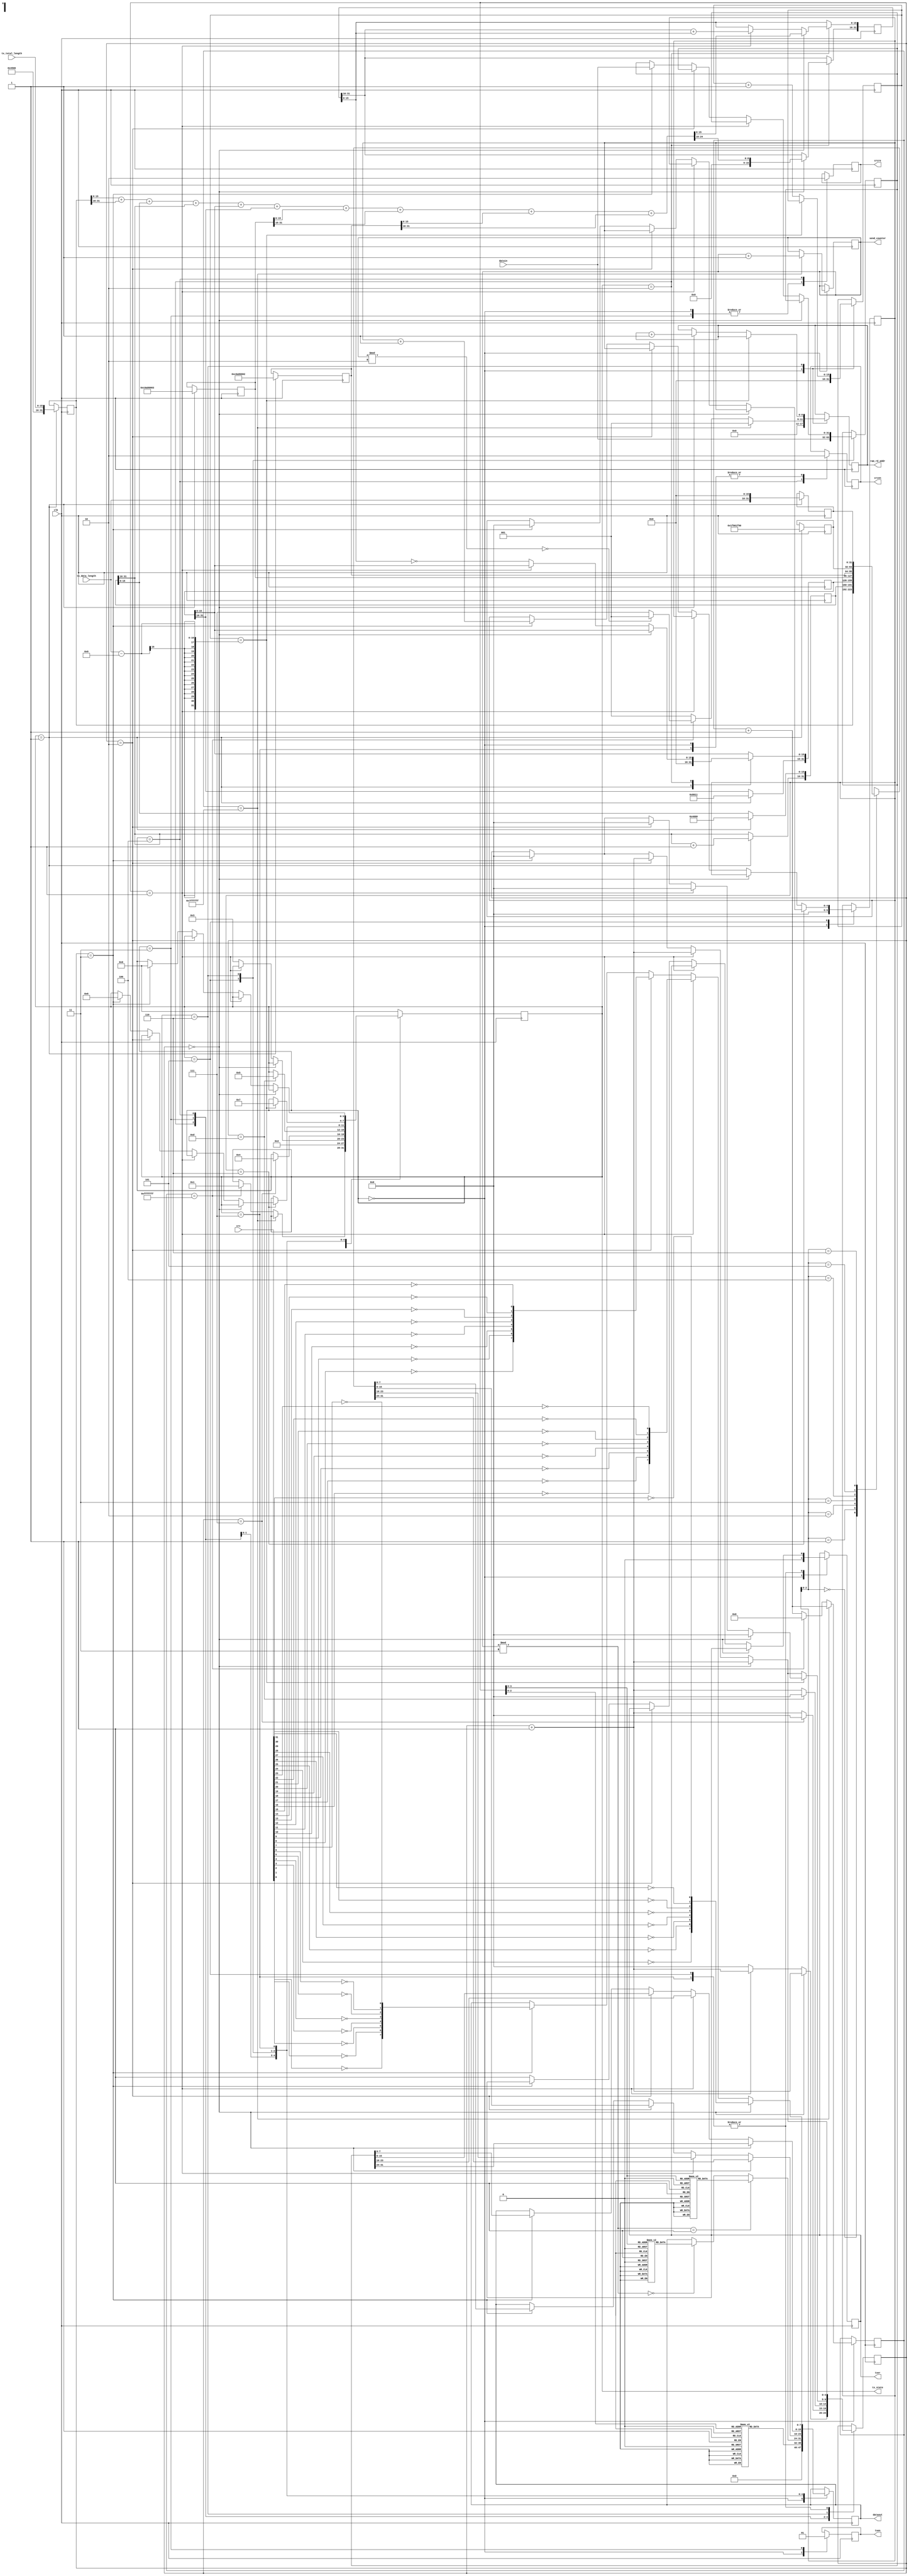
`timescale 1ns / 1ps
/****************************************/
//      GMII UDP//
/****************************************/

module ipsend(
				  input              clk,                   //GMII
				  output reg         txen,                  //GMII
				  output reg         txer,                  //GMII
				  output reg [7:0]   dataout,               //GMII
				  input      [31:0]  crc,                   //CRC32
				  input      [31:0]  datain,                //RAM	 
				  output reg         crcen,                 //CRC32 
				  output reg         crcre,                 //CRC32 

				  output reg [3:0]   tx_state,              //    
				  input      [15:0]  tx_data_length,        //
				  input      [15:0]  tx_total_length,       //
				  output reg [8:0]   ram_rd_addr,            //ram
				  output reg [31:0] send_counter
				  
	  );


reg [31:0]  datain_reg;

reg [31:0] ip_header [6:0];                  //1K

reg [7:0] preamble [7:0];                    //preamble
reg [7:0] mac_addr_1 [13:0];                   //mac address
reg [7:0] mac_addr_2 [13:0];
reg [4:0] i,j;

reg [31:0] check_buffer;
reg [31:0] time_counter;
reg [15:0] tx_data_counter;

parameter idle=4'b0000,start=4'b0001,make=4'b0010,send55=4'b0011,sendmac=4'b0100,sendheader=4'b0101,
          senddata=4'b0110,sendcrc=4'b0111;



initial
  begin
	 tx_state<=idle;
	 //IP 
	 preamble[0]<=8'h55;                 //755,d5
	 preamble[1]<=8'h55;
	 preamble[2]<=8'h55;
	 preamble[3]<=8'h55;
	 preamble[4]<=8'h55;
	 preamble[5]<=8'h55;
	 preamble[6]<=8'h55;
	 preamble[7]<=8'hD5;
	 mac_addr_1[0]<=8'h00;                 //MAC ff-ff-ff-ff-ff-ff, ff
	 mac_addr_1[1]<=8'h0A;
	 mac_addr_1[2]<=8'h35;
	 mac_addr_1[3]<=8'h01;
	 mac_addr_1[4]<=8'hFE;
	 mac_addr_1[5]<=8'hC0;
	 mac_addr_1[6]<=8'h00;                 //MAC 00-0A-35-01-FE-C0, 
	 mac_addr_1[7]<=8'h0F;
	 mac_addr_1[8]<=8'h0F;
	 mac_addr_1[9]<=8'h0F;
	 mac_addr_1[10]<=8'h0F;
	 mac_addr_1[11]<=8'h0E;
	 mac_addr_1[12]<=8'h08;                //0800: IP
	 mac_addr_1[13]<=8'h00;
	 mac_addr_2[0]<=8'h00;                 //MAC ff-ff-ff-ff-ff-ff, ff
	 mac_addr_2[1]<=8'h0D;
	 mac_addr_2[2]<=8'h11;
	 mac_addr_2[3]<=8'h57;
	 mac_addr_2[4]<=8'h28;
	 mac_addr_2[5]<=8'h3F;
	 mac_addr_2[6]<=8'h00;                 //MAC 00-0A-35-01-FE-C0, 
	 mac_addr_2[7]<=8'h0F;
	 mac_addr_2[8]<=8'h0F;
	 mac_addr_2[9]<=8'h0F;
	 mac_addr_2[10]<=8'h0F;
	 mac_addr_2[11]<=8'h0E;
	 mac_addr_2[12]<=8'h08;                //0800: IP
	 mac_addr_2[13]<=8'h00;
	 i<=0;
	 send_counter<=0;
 end


//UDP	 
always@(negedge clk)
begin		
		case(tx_state)
			idle:begin
				txer<=1'b0;
				txen<=1'b0;
				crcen<=1'b0;
				crcre<=1;
				j<=0;
				dataout<=0;
				ram_rd_addr<=1;
				tx_data_counter<=0;
				if (time_counter==32'h07ffffff) begin     //, 
				      
					send_counter<=send_counter+1;
					time_counter<=time_counter+1'b1;
				end
				else if(time_counter==32'h0fffffff)
				begin
					//send_counter<=send_counter+1;
					tx_state<=start;
					time_counter<=0;
					if(send_counter%2==0)
					begin
						ram_rd_addr<=1;//1ram
					end
					else begin
						ram_rd_addr<=7;
					end
				end
				else
					time_counter<=time_counter+1'b1;				
			end
			start:begin        //IP header
				ip_header[0]<={16'h4500,tx_total_length};        //4 20IP
				ip_header[1][31:16]<=ip_header[1][31:16]+1'b1;   //
				ip_header[1][15:0]<=16'h4000;                    //Fragment offset
				ip_header[2]<=32'h80110000;                      //mema[2][15:0] 17(UDP)
				ip_header[3]<=32'hc0a80003;                      //192.168.0.2
				ip_header[4]<=32'hc0a80002;                      //192.168.0.3
				ip_header[5]<=32'h1f901f90;                      //22
				ip_header[6]<={tx_data_length,16'h0000};         //22
	   			tx_state<=make;
			end	
			make:begin            //
			    if(i==0) begin
					check_buffer<=ip_header[0][15:0]+ip_header[0][31:16]+ip_header[1][15:0]+ip_header[1][31:16]+ip_header[2][15:0]+
					               ip_header[2][31:16]+ip_header[3][15:0]+ip_header[3][31:16]+ip_header[4][15:0]+ip_header[4][31:16];
                i<=i+1'b1;
				end
				else if(i==1) begin
					check_buffer[15:0]<=check_buffer[31:16]+check_buffer[15:0];
					i<=i+1'b1;
				end
			    else	begin
				    ip_header[2][15:0]<=~check_buffer[15:0];                 //header checksum
					i<=0;
					tx_state<=send55;
				end
			end
			send55: begin                    //8IP:755, 1d5                    
 				txen<=1'b1;                             //GMII
				crcre<=1'b1;                            //reset crc  
				if(i==7) begin
					dataout[7:0]<=preamble[i][7:0];
					i<=0;
					tx_state<=sendmac;
				end
				else begin                        
				    dataout[7:0]<=preamble[i][7:0];
				    i<=i+1;
				end
			end	
			sendmac: begin                           //MAC addressMAC addressIP  
			 	crcen<=1'b1;                            //crccrc32MAC		
				crcre<=1'b0;                            			
				if(i==13) begin
					if(send_counter%3==0)begin
						dataout[7:0]<=mac_addr_1[i][7:0];
					end
					if(send_counter%3==1) begin
						dataout[7:0]<=mac_addr_2[i][7:0];
					end
					i<=0;
					tx_state<=sendheader;
				end
				else begin                        
				    if(send_counter%3==0)begin
						dataout[7:0]<=mac_addr_1[i][7:0];
					end
					if(send_counter%3==1) begin
						dataout[7:0]<=mac_addr_2[i][7:0];
					end
				    i<=i+1'b1;
				end
			end
			sendheader: begin                        //732bitIP 
				datain_reg<=datain;                   //	
				if(j==6) begin                        //ip_header[6]                   
					if(i==0) begin
						dataout[7:0]<=ip_header[j][31:24];
						i<=i+1'b1;
					end
					else if(i==1) begin
						dataout[7:0]<=ip_header[j][23:16];
						i<=i+1'b1;
					end
					else if(i==2) begin
						dataout[7:0]<=ip_header[j][15:8];
						i<=i+1'b1;
					end
					else if(i==3) begin
						dataout[7:0]<=ip_header[j][7:0];
						i<=0;
						j<=0;
						tx_state<=senddata;			 
					end
					else
						txer<=1'b1;
				end		 
				else begin                                   //ip_header[0]~ip_header[5]   
					if(i==0) begin
						dataout[7:0]<=ip_header[j][31:24];
						i<=i+1'b1;
					end
					else if(i==1) begin
						dataout[7:0]<=ip_header[j][23:16];
						i<=i+1'b1;
					end
					else if(i==2) begin
						dataout[7:0]<=ip_header[j][15:8];
						i<=i+1'b1;
					end
					else if(i==3) begin
						dataout[7:0]<=ip_header[j][7:0];
						i<=0;
						j<=j+1'b1;
					end					
					else
						txer<=1'b1;
				end
			end
			senddata:begin                                      //UDP
				if(tx_data_counter==tx_data_length-9) begin       //(tx_data_length-8
					tx_state<=sendcrc;	                          //,sendcrc
					if(i==0) begin    
						dataout[7:0]<=datain_reg[31:24];
						i<=0;
					end
					else if(i==1) begin
						dataout[7:0]<=datain_reg[23:16];
						i<=0;
					end
					else if(i==2) begin
						dataout[7:0]<=datain_reg[15:8];
						i<=0;
					end
					else if(i==3) begin
						dataout[7:0]<=datain_reg[7:0];
						datain_reg<=datain;                       //
						i<=0;
					end
            end
            else begin                                     //(
				tx_data_counter<=tx_data_counter+1'b1;			
					if(i==0) begin    
						dataout[7:0]<=datain_reg[31:24];	       //8(3124
						i<=i+1'b1;
						ram_rd_addr<=ram_rd_addr+1'b1;           //RAM1, RAM	
					end
					else if(i==1) begin
						dataout[7:0]<=datain_reg[23:16];         //8(2316
						i<=i+1'b1;
					end
					else if(i==2) begin
						dataout[7:0]<=datain_reg[15:8];          //8(158
						i<=i+1'b1;
					end
					else if(i==3) begin
						dataout[7:0]<=datain_reg[7:0];           //8(70
						datain_reg<=datain;                      //					  
						i<=0; 				  
					end
				end
			end	
			sendcrc: begin                              //32crc
				crcen<=1'b0;
				if(i==0)	begin
						dataout[7:0] <= {~crc[24], ~crc[25], ~crc[26], ~crc[27], ~crc[28], ~crc[29], ~crc[30], ~crc[31]};
						i<=i+1'b1;
				end
				else begin
					if(i==1) begin
						dataout[7:0]<={~crc[16], ~crc[17], ~crc[18], ~crc[19], ~crc[20], ~crc[21], ~crc[22], ~crc[23]};
						i<=i+1'b1;
					end
					else if(i==2) begin
						dataout[7:0]<={~crc[8], ~crc[9], ~crc[10], ~crc[11], ~crc[12], ~crc[13], ~crc[14], ~crc[15]};
						i<=i+1'b1;
					end
					else if(i==3) begin
						dataout[7:0]<={~crc[0], ~crc[1], ~crc[2], ~crc[3], ~crc[4], ~crc[5], ~crc[6], ~crc[7]};
						i<=0;
						tx_state<=idle;
					end
					else begin
						txer<=1'b1;
					end
				end
			end					
			default:tx_state<=idle;		
       endcase	  
 end
endmodule